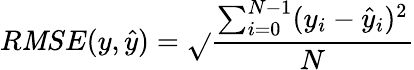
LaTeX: {R\mathit{M}SE}(y,\hat{{y}})=\sqrt{}{{\frac{{\sum_{i=0}^{N-1}(y_{i}-\hat{{y}}_{i})^{2}}}{{N}}}}